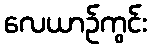
လေယာဉ်ကွင်း